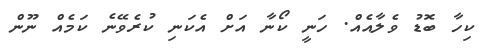
ކިހާ ބޮޑު ވެލާއެއް. ހަނީ ކޯނާ އަށް އެކަނި ކުރެވޭނެ ކަމެއް ނޫން